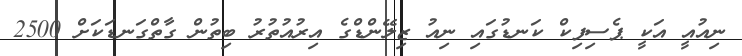
ނިއުއީ އަކީ ޕެސިފިކް ކަނޑުގައި ނިއު ޒިލޭންޑްގެ އިރުއުތުރު ބިތުން ގާތްގަނޑަކަށް 2500